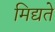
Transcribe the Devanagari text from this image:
मिद्यते